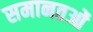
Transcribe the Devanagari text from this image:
समानतओं